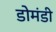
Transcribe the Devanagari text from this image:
डोमंडी